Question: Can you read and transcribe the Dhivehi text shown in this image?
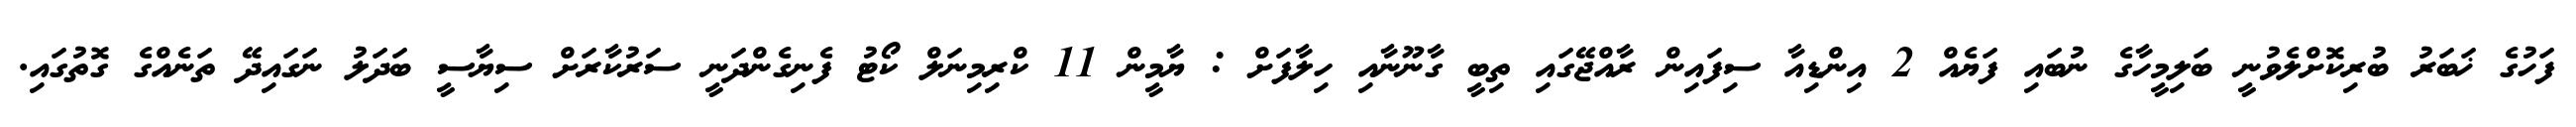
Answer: ފަހުގެ ޚަބަރު ބުރިކޮށްލެވުނީ ބަލިމީހާގެ ނުބައި ފަޔެއް 2 އިންޑިއާ ސިފައިން ރާއްޖޭގައި ތިބީ ގާނޫނާއި ހިލާފަށް : ޔާމީން 11 ކްރިމިނަލް ކޯޓު ފެނިގެންދަނީ ސަރުކާރަށް ސިޔާސީ ބަދަލު ނަގައިދޭ ތަނެއްގެ ގޮތުގައި.